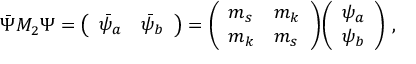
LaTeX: \bar { \Psi } M _ { 2 } \Psi = { \left( \begin{array} { l l } { { \bar { \psi } _ { a } } } & { { \bar { \psi } _ { b } } } \end{array} \right) = \left( \begin{array} { l l } { { m _ { s } } } & { { m _ { k } } } \\ { { m _ { k } } } & { { m _ { s } } } \end{array} \right) } { \left( \begin{array} { l } { { \psi _ { a } } } \\ { { \psi _ { b } } } \end{array} \right) } ~ ,